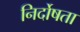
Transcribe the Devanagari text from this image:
निर्दोषता